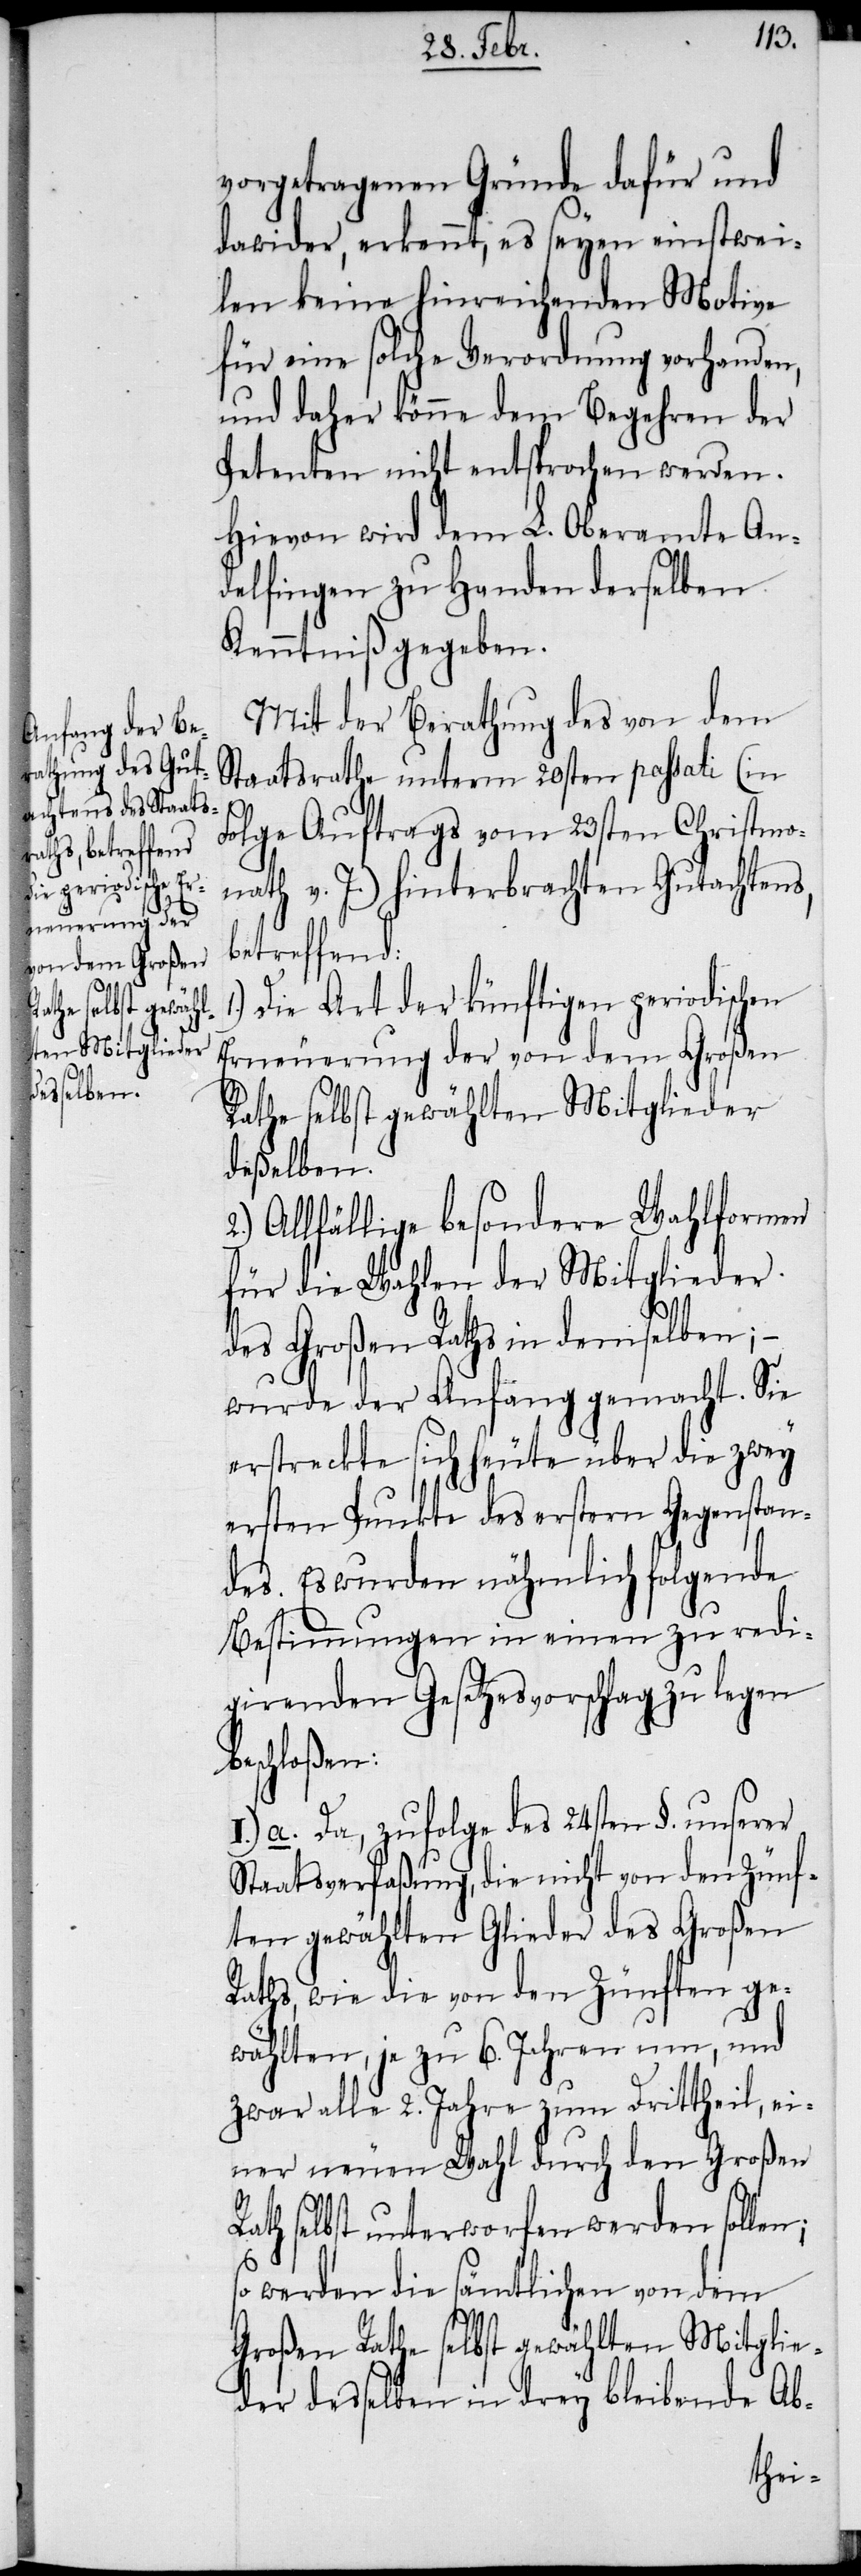
vorgetragenen Gründe dafür und
dawider, erkennt, es seyen einstwei¬
len keine hinreichenden Motive
für eine solche Verordnung vorhanden,
und daher könne dem Begehren der
Petenten nicht entsprochen werden.
Hievon wird dem L. Oberamte An¬
delfingen zu Handen derselben
Kenntniß gegeben.
Mit der Berathung des von dem
Staatsrathe unterm 20sten passati (in
Folge Auftrags vom 23sten Christmo¬
nath v. J.) hinterbrachten Gutachtens,
betreffend:
Die Art der künftigen periodischen
Erneuerung der von dem Großen
Rathe selbst gewählten Mitglieder
deßelben.
2.) Allfällige besondere Wahlformen
für die Wahlen der Mitglieder
des Großen Raths in demselben; −
wurde der Anfang gemacht. Sie
erstreckte sich heute über die zwey
ersten Punkte des erstern Gegenstan¬
des. Es wurden nähmlich folgende
Bestimmungen in einen zu redi¬
girenden Gesetzesvorschlag zu legen
beschloßen:
I.) a. Da, zufolge des 24sten §. unserer
Staatsverfaßung, die nicht von den Zünf¬
ten gewählten Glieder des Großen
Raths, wie die von den Zünften ge¬
wählten, je zu 6. Jahren um, und
zwar alle 2. Jahre zum Drittheil, ei¬
ner neuen Wahl durch den Großen
Rath selbst unterworfen werden sollen;
werden die sämtlichen von dem
Großen Rathe selbst gewählten Mitglie¬
der desselben in drey bleibende Ab-